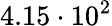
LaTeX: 4.15\cdot 10^{2}